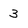
Character: 3